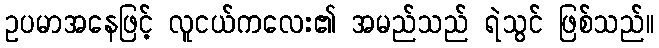
ဥပမာအနေဖြင့် လူငယ်ကလေး၏ အမည်သည် ရဲသွင် ဖြစ်သည်။